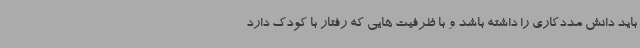
باید دانش مددکاری را داشته باشد و با ظرفیت هایی که رفتار با کودک دارد